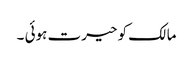
مالک کو حیرت ہوئی ۔